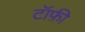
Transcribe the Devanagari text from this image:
टॉफ़ी